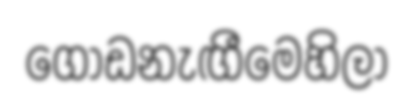
ගොඩනැඟීමෙහිලා